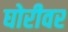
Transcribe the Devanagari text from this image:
घोरीवर